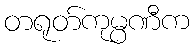
တရုတ်ကုမ္ပဏီက